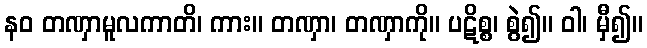
နဝ တဏှာမူလကာတိ၊ ကား။ တဏှာ၊ တဏှာကို။ ပဋိစ္စ၊ စွဲ၍။ ဝါ၊ မှီ၍။